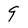
Character: 9